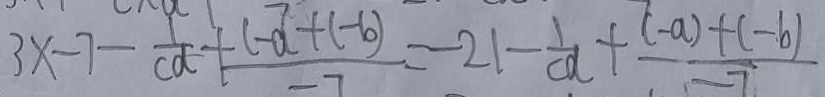
3 x - 7 - \frac { 1 } { c a } + \frac { c - a ^ { 7 } + ( - b ) } { - 7 } = - 2 1 - \frac { 1 } { c a } + \frac { ( - a ) + ( - b ) } { - 7 }